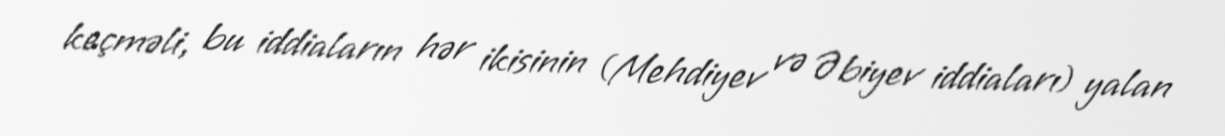
keçməli, bu iddiaların hər ikisinin (Mehdiyev və Əbiyev iddiaları) yalan